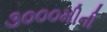
૩૦૦૦મીની